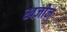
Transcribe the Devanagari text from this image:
खज़ीन